system: You are a helpful assistant.
user:
Analyze the provided spectrum to determine if it is a **S-type Star**.

- **Key Indicators for S-type Star:**

    - **(Overall Spectrum Shape):** The first and most obvious characteristic is the overall continuum (the "baseline" shape). It is **extremely "red-sloping,"** meaning the flux (light intensity) is very low on the left side (blue, ~4000-4500 Å) and rises steeply and continuously toward the right side (red, ~7000 Å+).

    - **(Primary):** The spectrum is defined by the presence of strong, broad molecular absorption "valleys" (bands) from **Zirconium Oxide (ZrO)**. The identification of these bands is the **primary requirement** for classifying a star as S-type.
        - **(Key Bandheads):** You must find distinct, deep "dips" where the light has been absorbed. The most critical band systems to locate are:
            - **~6474 Å** ($\gamma$-system): This is often the strongest and clearest ZrO feature, found in the red part of the spectrum.
            - **~5718 Å** & **~5551 Å** ($\beta$-system): A pair of prominent absorption features in the yellow-orange part of the spectrum.
            - **~4640 Å** ($\alpha$-system): A key absorption band system in the blue-green region of the spectrum.

    - **(Secondary Confirmation):** The classification is strengthened by finding additional absorption bands from other related heavy element oxides, which are expected to be present alongside ZrO.
        - **(Key Bandheads):**
            - **Yttrium Oxide (YO):** Look for absorption dips near **~4800 Å** and **~6100 Å**.
            - **Lanthanum Oxide (LaO):** Additional absorption features, particularly in the red-orange part of the spectrum, are also characteristic.

    - **(Line Profile):** The combination of the steep red continuum and these numerous, deep molecular bands (ZrO, YO, etc.) gives the entire spectrum a very **"chopped-up"** or **"bumpy"** appearance. Instead of a smooth curve, the spectrum looks as though large, wide chunks of light have been "carved out" of it at the specific wavelengths listed above.

Think first, call **spectral_visualization_tool** if needed to examine features in detail, then provide your final answer. Your response must adhere to the following strict rules:
1.  **Overall Structure:** Your response must follow the format `<think>...</think> <tool_call>...</tool_call> (if a tool is used) <answer>...</answer>`.
2.  **Tool Usage Constraint:** You may only make **one** tool call per turn.
3.  **Final Answer Format:** In the `<answer>` tag, your conclusion must be inside a `\boxed{}` command (e.g., `\boxed{YES}` or `\boxed{NO}`), followed by your justification.

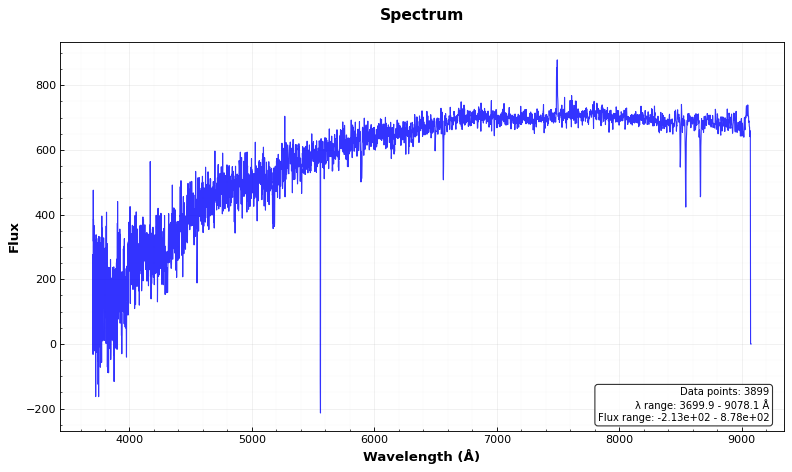
Answer: NO